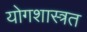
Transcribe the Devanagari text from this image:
योगशास्त्रत